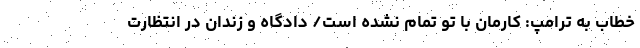
خطاب به ترامپ: کارمان با تو تمام نشده است/ دادگاه و زندان در انتظارت